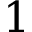
1